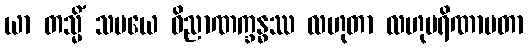
ယာ တသ္မိံ သမယေ ဝိညာဏက္ခန္ဓဿ လဟုတာ လဟုပရိဏာမတာ